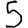
Digit: 5